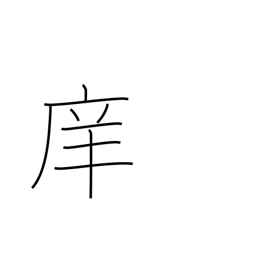
Meaning: school